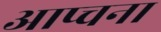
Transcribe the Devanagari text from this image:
आप्चना